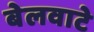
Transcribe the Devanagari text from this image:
बेलवाटे